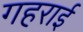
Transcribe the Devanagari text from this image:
गहरार्इ